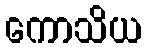
ကောသိယ